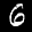
Label: 6